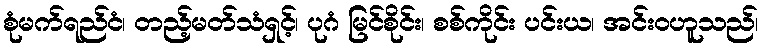
စုံမက်ရည်ငံ၊ တည့်မတ်သံရှင့်၊ ပုဂံ မြင်စိုင်း၊ စစ်ကိုင်း ပင်းယ၊ အင်းဝဟူသည်၊